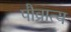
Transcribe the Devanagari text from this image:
पौव्रात्य